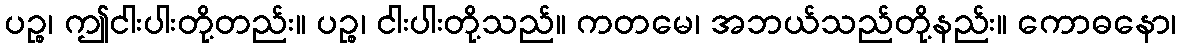
ပဉ္စ၊ ဤငါးပါးတို့တည်း။ ပဉ္စ၊ ငါးပါးတို့သည်။ ကတမေ၊ အဘယ်သည်တို့နည်း။ ကောဓနော၊